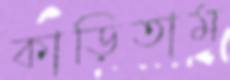
কাড়িতাম